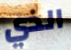
الذي